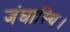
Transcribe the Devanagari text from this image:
जंघास्थि।